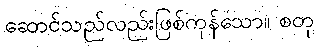
ဆောင်သည်လည်းဖြစ်ကုန်သော။ စတု